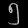
Digit: ၅